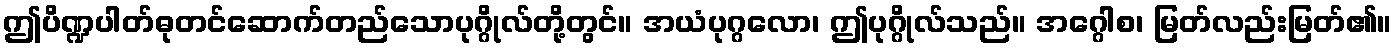
ဤပိဏ္ဍပါတ်ဓုတင်ဆောက်တည်သောပုဂ္ဂိုလ်တို့တွင်။ အယံပုဂ္ဂလော၊ ဤပုဂ္ဂိုလ်သည်။ အဂ္ဂေါစ၊ မြတ်လည်းမြတ်၏။